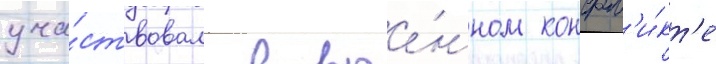
уча́ствовал в вое́нном конфл'и́кт'е